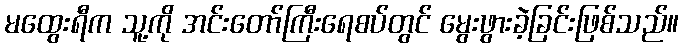
မထွေးရီက သူ့ကို အင်းတော်ကြီးရေစပ်တွင် မွေးဖွားခဲ့ခြင်းဖြစ်သည်။